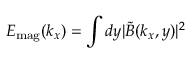
E _ { \mathrm { m a g } } ( k _ { x } ) = \int d y | \tilde { \boldsymbol { B } } ( k _ { x } , y ) | ^ { 2 }